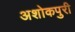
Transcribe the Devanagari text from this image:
अशोकपुरी